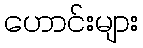
ဟောင်းများ